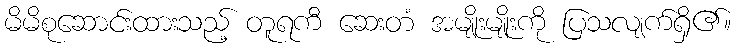
မိမိစုဆောင်းထားသည့် တူရကီ ဆေးတံ အမျိုးမျိုးကို ပြသလျက်ရှိ၏။